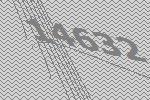
14632